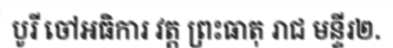
បូរី ចៅអធិការ វត្ត ព្រះធាតុ រាជ មន្ទីរ២.